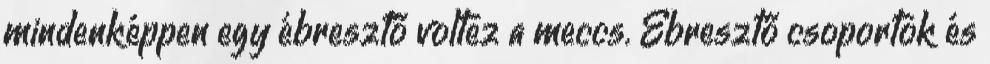
mindenképpen egy ébresztő voltez a meccs. Ébresztő csoportok és